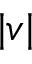
| v |